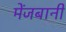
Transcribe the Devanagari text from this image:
मेंजबानी